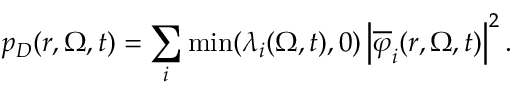
p _ { D } ( r , \boldsymbol { \Omega } , t ) = \sum _ { i } \operatorname* { m i n } ( \lambda _ { i } ( \boldsymbol { \Omega } , t ) , 0 ) \left| \overline { { \varphi } } _ { i } ( r , \boldsymbol { \Omega } , t ) \right| ^ { 2 } .